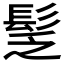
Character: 𩬪